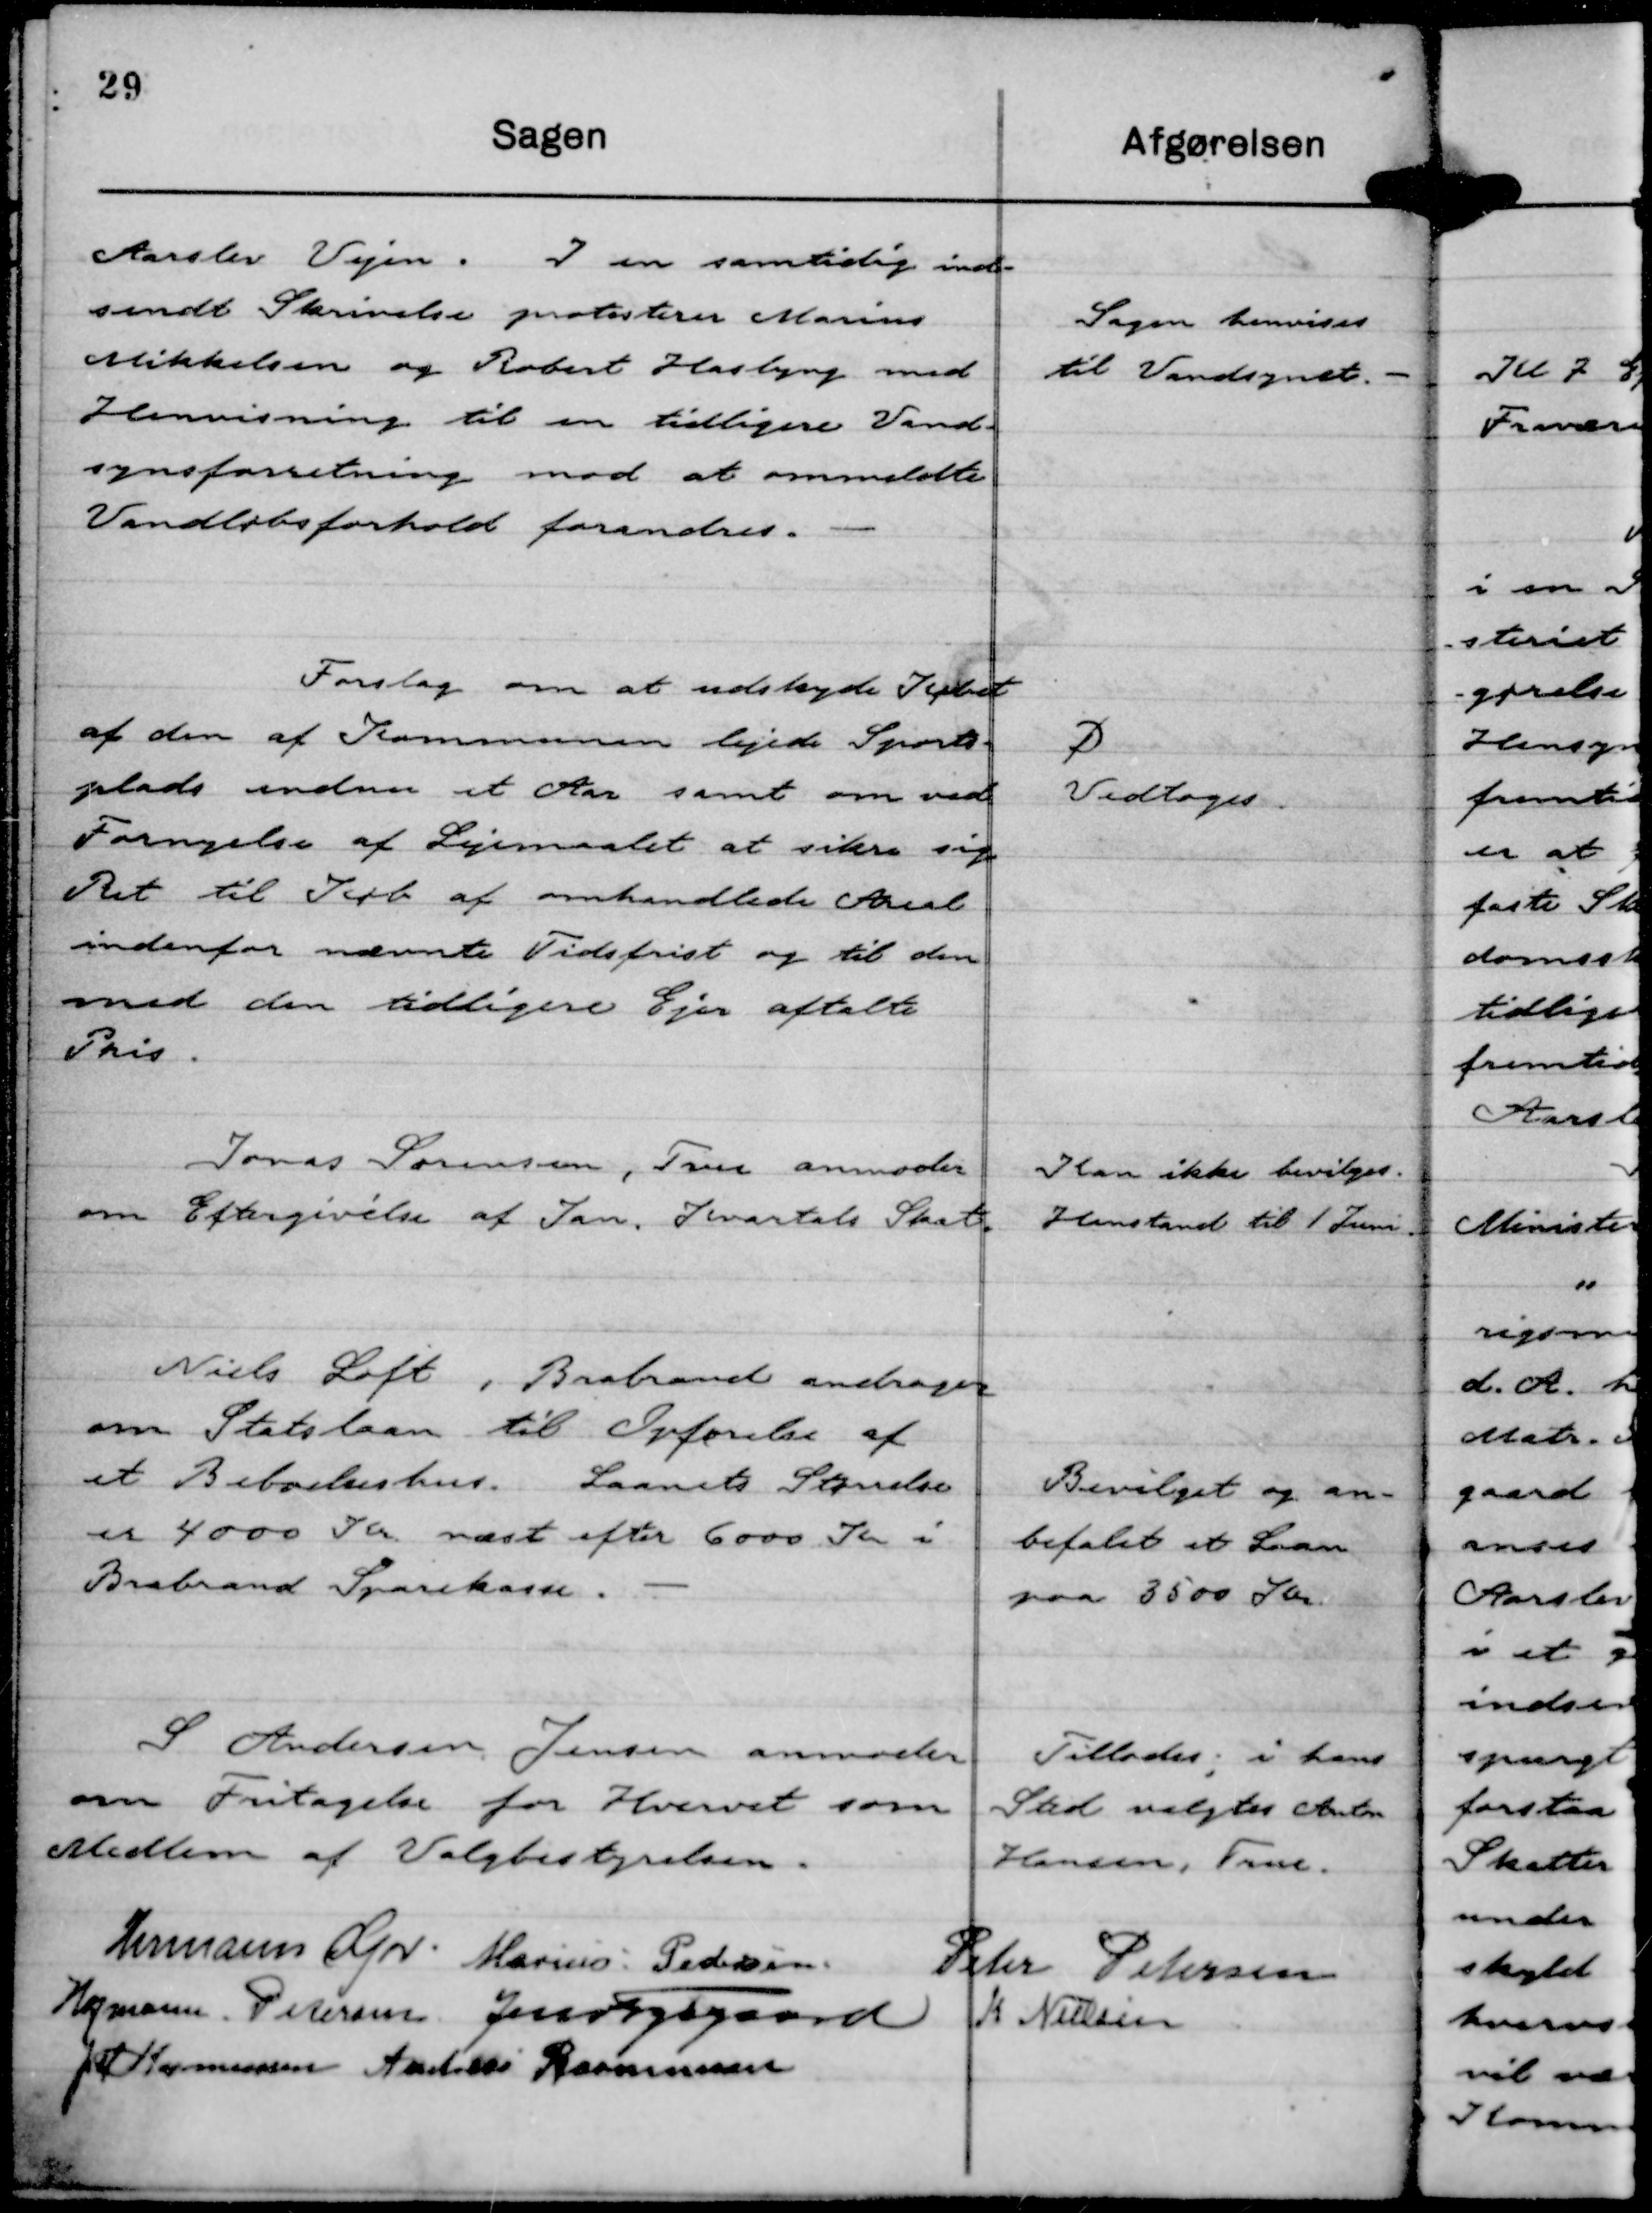
Transskription:
Aarslev Vejen. I en samtidig ind-
sendt Skrivelse protesterer Marius
Mikkelsen og Robert Haslyng med
Henvisning til en tidligere Vand-
synsforretning mod at ommeldte
Vandløbsforhold forandres.

Sagen henvises
til Vandsynet.

Forslag om at udskyde Købet
af den af Kommunen lejede Sports-
plads endnu et Aar samt om ved
Fornyelse af Lejemaalet at sikre sig
Ret til Køb af omhandlede Areal
indenfor nævnte Tidsfrist og til den
med den tidligere Ejer aftalte
Pris.

D
Vedtoges.

Jonas Sørensen, True anmoder
om Eftergivelse af Jan. Kvartals Skat.

Kan ikke bevilges.
Henstand til 1 Juni.

Niels Loft, Brabrand andrager
om Statslaan til Opførelse af
et Beboelseshus. Laanets Størrelse
er 4000 Kr næst efter 6000 Kr i
Brabrand Sparekasse.

Bevilget og an-
befalet et Laan
paa 3500 Kr.

S Andersen Jensen anmoder
om Fritagelse for Hvervet som
Medlem af Valgbestyrelsen.

Tillades; i hans
Sted valgtes Anton
Hansen, True.

Hermann Kjær
Marius Pedersen.
Peter Petersen
Hofmann Petersen
Jens Fogsgaard
K Nielsen
JM Rasmussen
Andreas Rasmussen